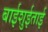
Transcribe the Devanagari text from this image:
बाईशुईताई